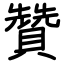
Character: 贊